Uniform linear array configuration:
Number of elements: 24
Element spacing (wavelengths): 0.25
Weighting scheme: hann
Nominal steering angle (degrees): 60
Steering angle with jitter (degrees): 60.983
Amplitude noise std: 0.05
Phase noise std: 0.05

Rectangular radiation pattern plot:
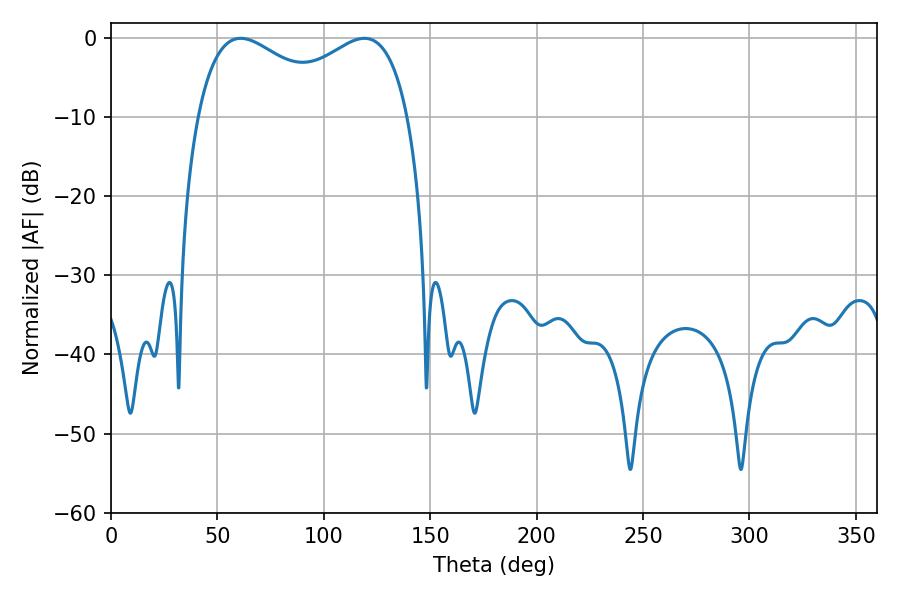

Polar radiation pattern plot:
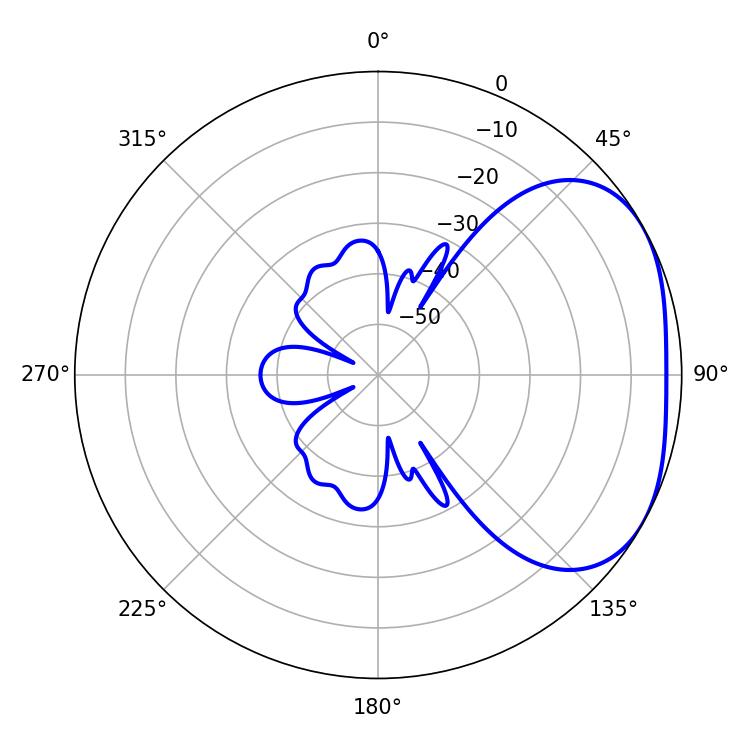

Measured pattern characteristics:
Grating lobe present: FALSE
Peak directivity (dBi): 2.846
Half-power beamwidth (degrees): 39.42
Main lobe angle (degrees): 61.02